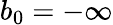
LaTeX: b_{0}=-\infty